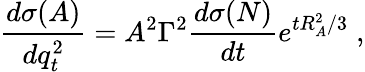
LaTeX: \frac{d\sigma(A)}{dq_{t}^{2}}=A^{2}\Gamma^{2}\frac{d\sigma(N)}{dt}e^{tR_{A}^{2}/3}\; ,